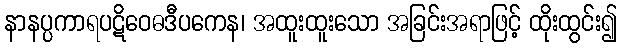
နာနပ္ပကာရပဋိဝေဓဒီပကေန၊ အထူးထူးသော အခြင်းအရာဖြင့် ထိုးထွင်း၍